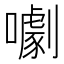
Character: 㘌